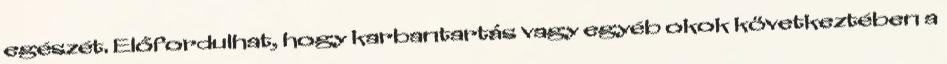
egészét. Előfordulhat, hogy karbantartás vagy egyéb okok következtében a